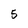
Character: 5